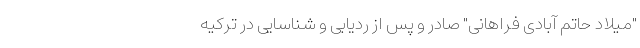
"میلاد حاتم آبادی فراهانی" صادر و پس از ردیابی و شناسایی در ترکیه